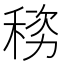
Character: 𬓯